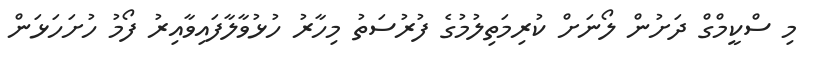
މި ސްކީމްގް ދަށުން ލޯނަށް ކުރިމަތިލުމުގެ ފުރުސަތު މިހާރު ހުޅުވާލާފައިވާއިރު ފޯމު ހުށަހަޅަން